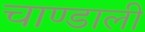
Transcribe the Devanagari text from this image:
चाण्डाली